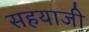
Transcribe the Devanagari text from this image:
सहयाजी